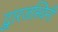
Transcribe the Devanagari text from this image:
द्वारजस्विनी